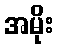
အမိုး